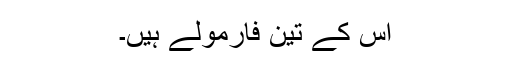
اس کے تین فارمولے ہیں۔